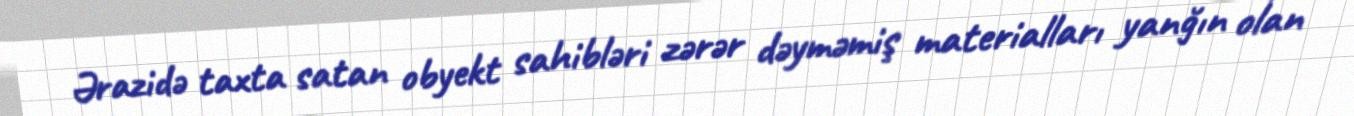
Ərazidə taxta satan obyekt sahibləri zərər dəyməmiş materialları yanğın olan